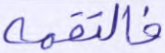
فالتقمه